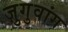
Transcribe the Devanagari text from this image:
ज़ुगुवांग